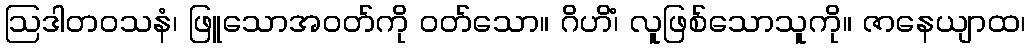
ဩဒါတဝသနံ၊ ဖြူသောအဝတ်ကို ဝတ်သော။ ဂိဟိံ၊ လူဖြစ်သောသူကို။ ဇာနေယျာထ၊